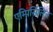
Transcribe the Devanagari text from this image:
एम्पिसिलिन